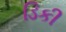
ડિકી